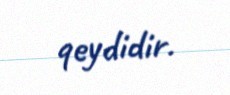
qeydidir.